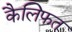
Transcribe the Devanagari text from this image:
कैलिफत